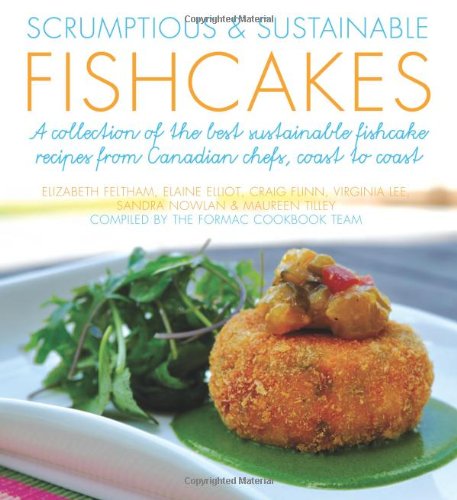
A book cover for Scrumptious & Sustainable Fishcakes: A Collection of the Best Sustainable Fishcake Recipes from Canadian Chefs, Coast to Coast (Flavours Cookbook); Elizabeth Feltham; Cookbooks, Food & Wine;